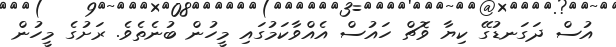
އުސް ދަގަނޑުގޭ ކިޔާ ވޮޗް ހައުސް އެއްވާކަމުގައި މީހުން ބުނެތެވެ. ރަށުގެ މީހުން